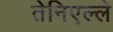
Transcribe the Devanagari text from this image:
तेनिएल्ले